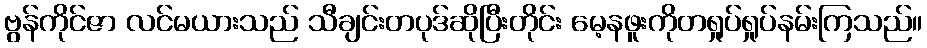
ဗွန်ကိုင်ဇာ လင်မယားသည် သီချင်းတပုဒ်ဆိုပြီးတိုင်း မေ့နဖူးကိုတရှုပ်ရှုပ်နမ်းကြသည်။